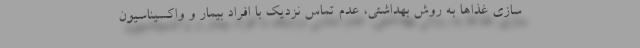
سازی غذاها به روش بهداشتی، عدم تماس نزدیک با افراد بیمار و واکسیناسیون